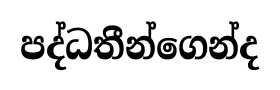
පද්ධතීන්ගෙන්ද